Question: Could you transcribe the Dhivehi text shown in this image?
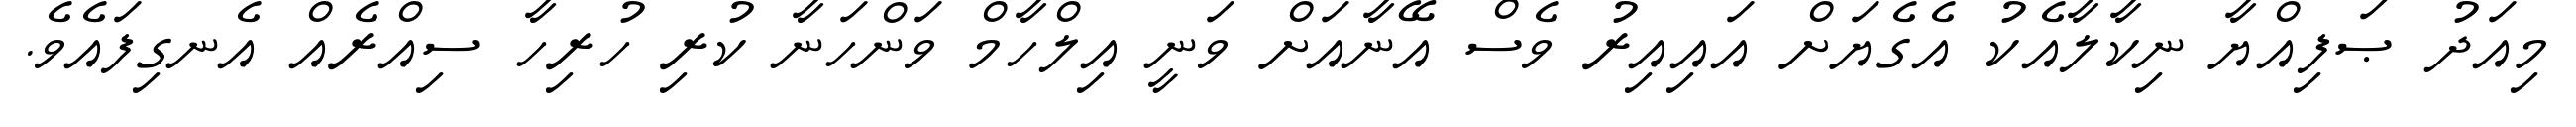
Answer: މިއަދު ޞަފިއްޔާ ނިކާލާއެކު އެގެޔަށް އައިއިރު ވެސް އޭނާއަށް ވަނީ އިލްހާމް ވަންހަނާ ކުރި ހުރިހާ ސިއްރެއް އެނގިފައެވެ.